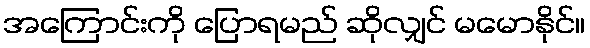
အကြောင်းကို ပြောရမည် ဆိုလျှင် မမောနိုင်။